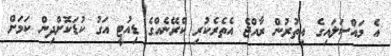
އެ މައްސަލައިގެ އިތުރުން ރާއްޖެ އެތެރެކުރި ކްރޭނެއްގެ ޑިއުޓީ އަގު ކުޑަކޮށްދިން ކަމަށް